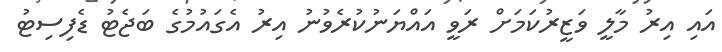
އައި އިރު މާލީ ވަޒީރުކަމަށް ރަވީ އައްޔަނުކުރެވުނު އިރު އެގައުމުގެ ބަޖެޓު ޑެފިސިޓު